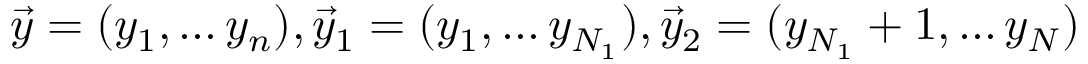
\vec { y } = ( y _ { 1 } , \dots y _ { n } ) , \vec { y } _ { 1 } = ( y _ { 1 } , \dots y _ { N _ { 1 } } ) , \vec { y } _ { 2 } = ( y _ { N _ { 1 } } + 1 , \dots y _ { N } )